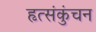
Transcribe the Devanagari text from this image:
हृत्संकुंचन